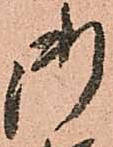
御